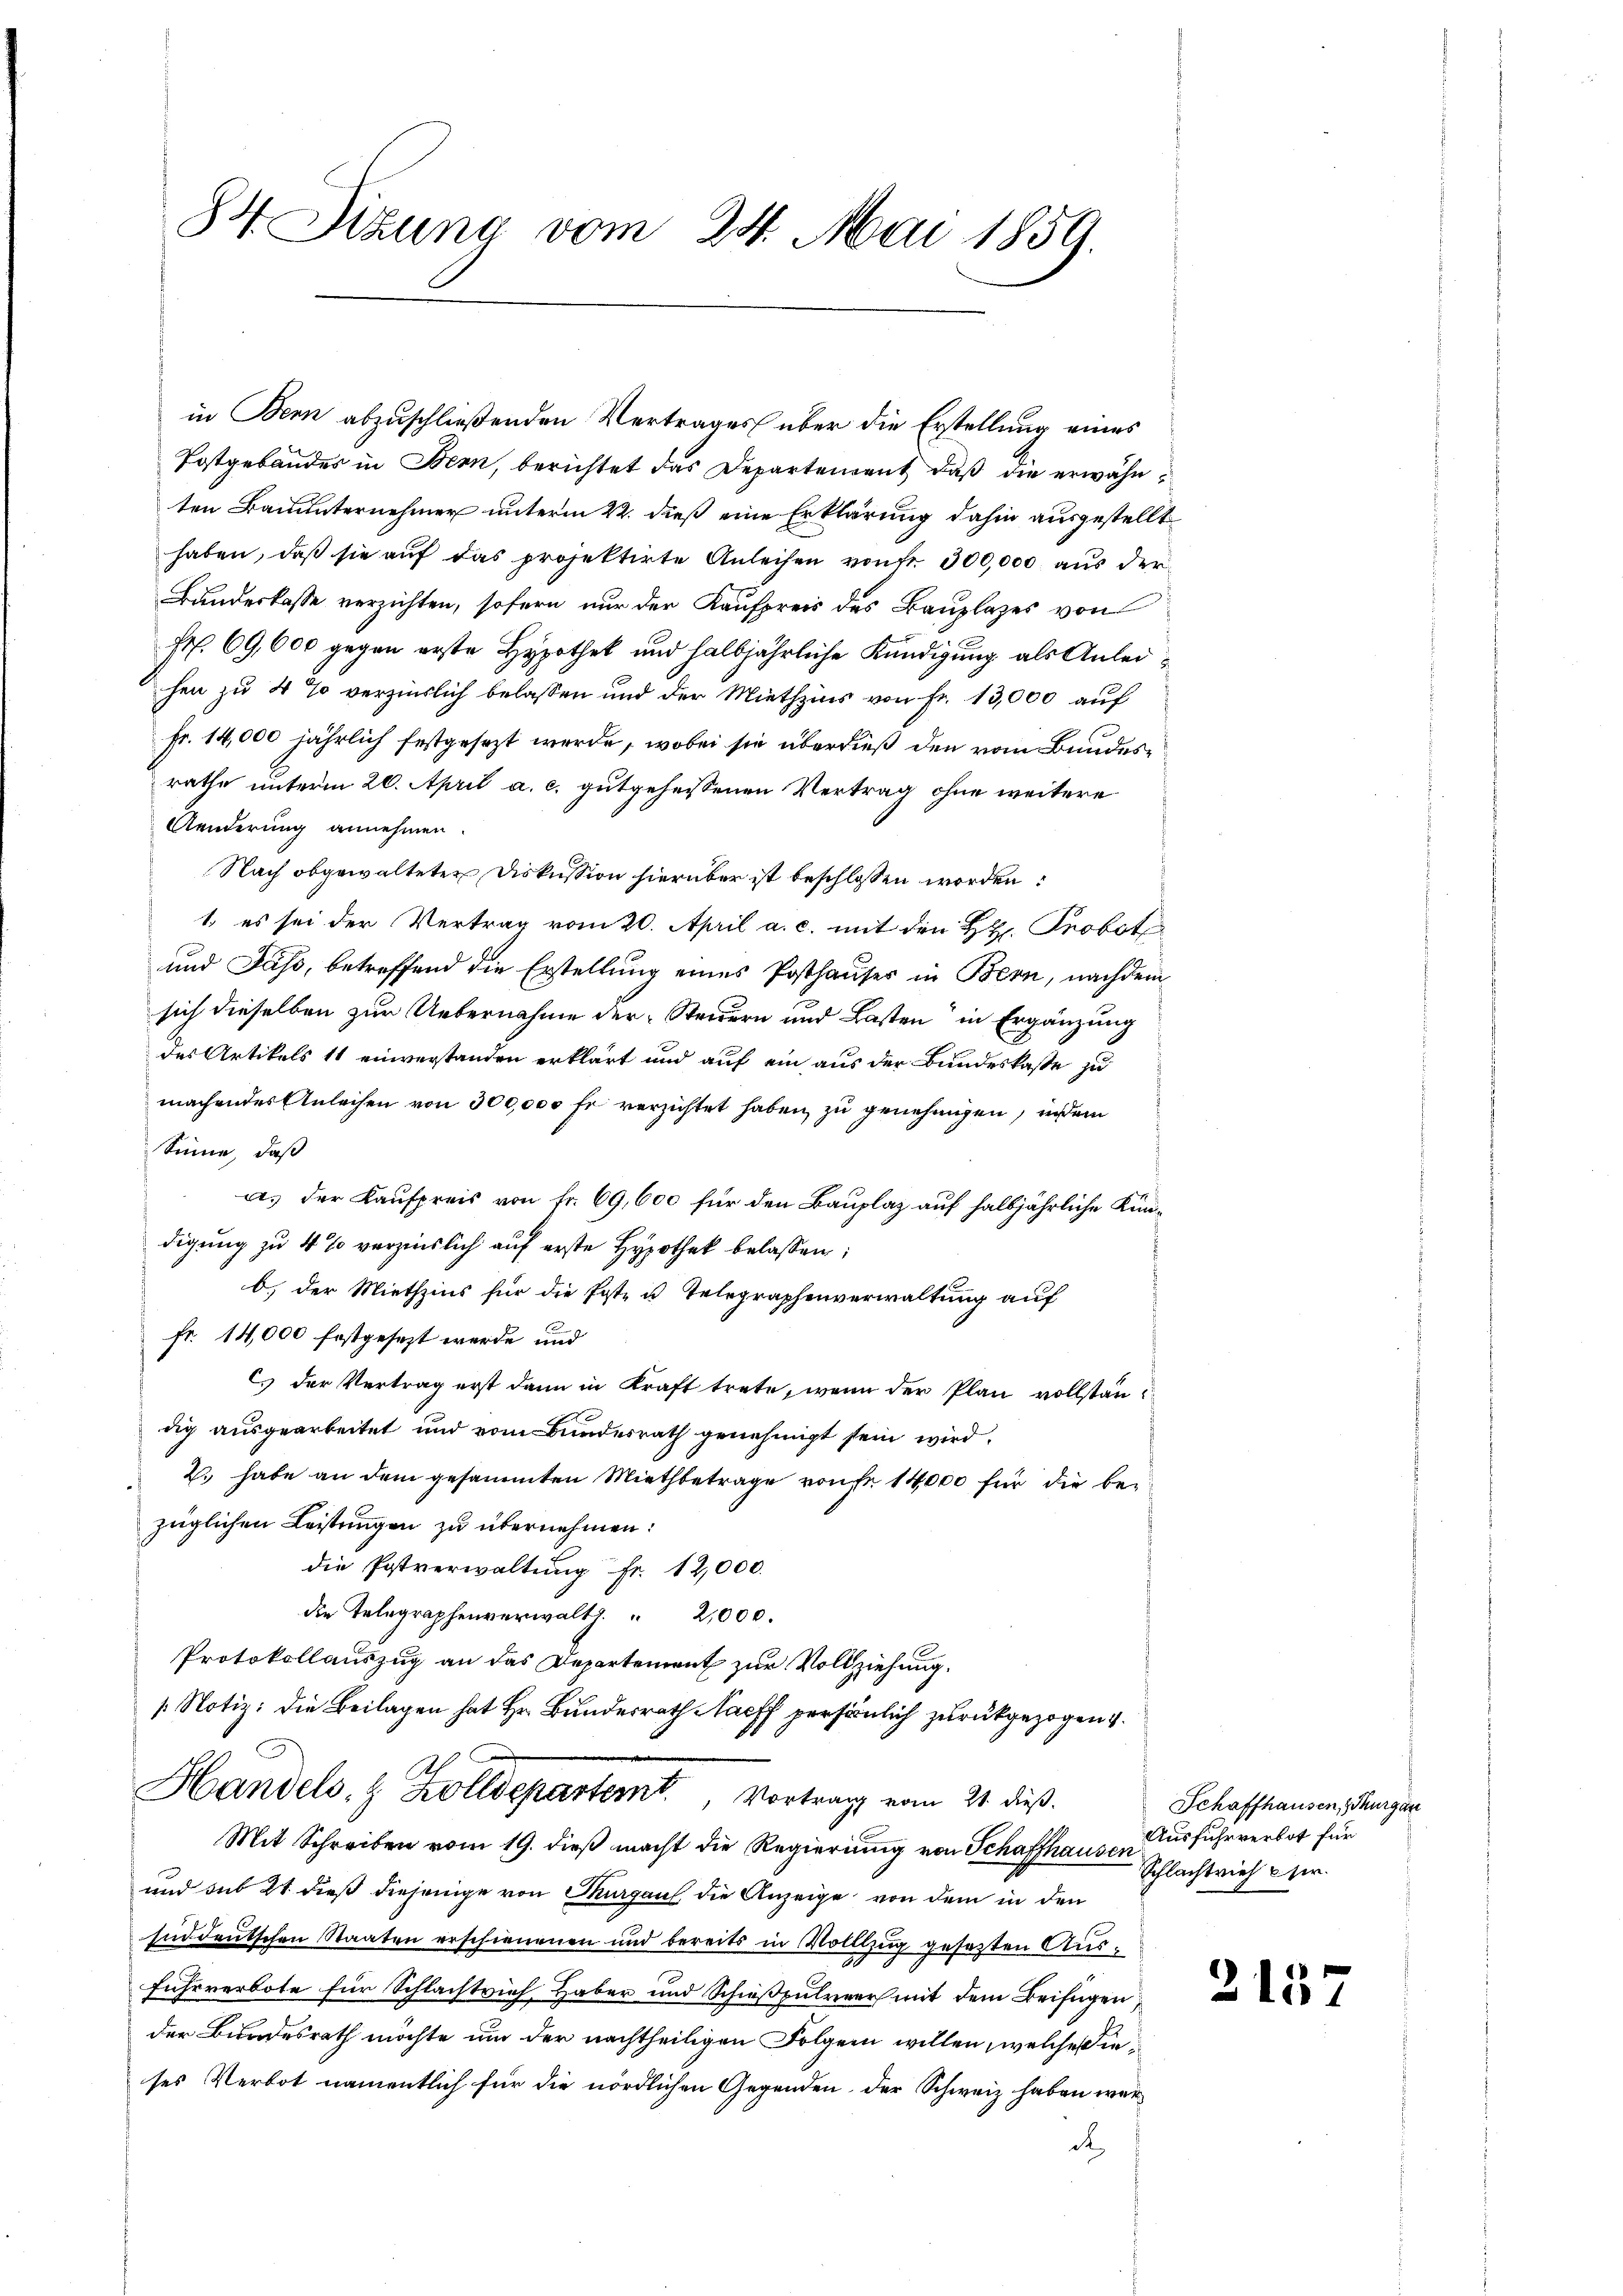
84. Sizung vom 24. Mai 1859.

in Bern abzuschließenden Vertrages über die Erstellung eines
Postgebäudes in Bern, berichtet das Departement, daß die erwähnten Bauunternehmer unterm 22. dieß eine Erklärung dahin ausgestellt
haben, daß sie auf das projektirte Anleihen von fr. 300,000 aus der
Bundeskasse verzichten, sofern nur der Kaufpreis des Bauplazes von
fr. 69,600 gegen erste Hypothek und halbjährliche Kündigung als Anleihen zu 4 % verzinslich belassen und der Miethzins von Fr. 13,000 auf
Fr. 14,000 jährlich festgesezt werde, wobei sie überdieß den vom Bundesrathe unterm 20. April a. c. gutgeheissenen Vertrag ohne weitere
Aenderung annehmen
Nach obgewalteten Diskussion hierüber ist beschlossen worden:
1. es sei der Vertrag vom 20. April a. c. mit den H. Probot
und Fass, betreffend die Erstellung eines Posthauser in Bern, nachdem
sich dieselben zur Uebernahme der Steuern und Lasten in Ergänzung
des Artikels 11 einverstanden erklärt und auf ein aus der Bundeskasse zu
machendes Anleihen von 300,000 fr verzichtet haben, zu genehmigen, indem
Sinne, daß
a. der Kaufpreis von Fr. 69,600 für den Bauplaz auf halbjährliche Kindigung zu 4% verzinslich auf erste Hypothek belassen:
b. der Miethzins für die Erste u. Telegraphenverwaltung auf
fr. 14,000 festgesezt werde und
C. der Vertrag erst dann in Kraft trete, wenn der Plan vollständig ausgearbeitet und vom Bundesrath genehmigt sein wird
2. habe an dem gesammten Miethbetrage von fr. 14,000 für die bezüglichen Leistungen zu übernehmen:
die Postverwaltung fr. 12,000.
die Telegraphenverwalt 2,000.
Protokollauszug an das Departement zur Vollziehung.
Notiz: die Beilagen hat Hr. Bunderrath Harff persönlich zurückgezogen 4.
Handels. Z. Zolldepartemt Vortrag vom 21. dieß.
Mit Schreiben vom 19. dieß macht die Regierung von Schaffhausen
und sub 21 dieß diejenige von Thurgau die Anzeige von dem in den
süddeutschen Staaten erschienenen und bereits in Vollzug gesezten Ausfuhrverbote für Schlachtrief Haber und Schießpulver mit dem Beifügen,
der Bundesrath möchte um der nachtheiligen Folgern willen, welche dieses Verbot namentlich für die nördlichen Gegenden der Schweiz haben wär
d

Schaffhausen, Thurgau
Ausfuhrverbot für
Schlachtvieh sr.

215